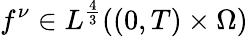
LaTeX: f^{\nu}\in L^{\frac 43}((0,T)\times\Omega)